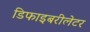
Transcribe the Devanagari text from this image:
डिफाइबरीलेटर